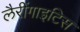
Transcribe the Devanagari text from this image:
लैरींगाइटिस